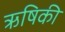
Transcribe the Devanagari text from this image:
ऋषिकी